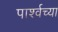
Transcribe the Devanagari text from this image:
पार्श्वच्या